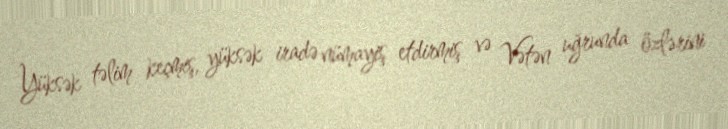
Yüksək təlim keçmiş, yüksək iradə nümayiş etdirmiş və Vətən uğrunda özlərini